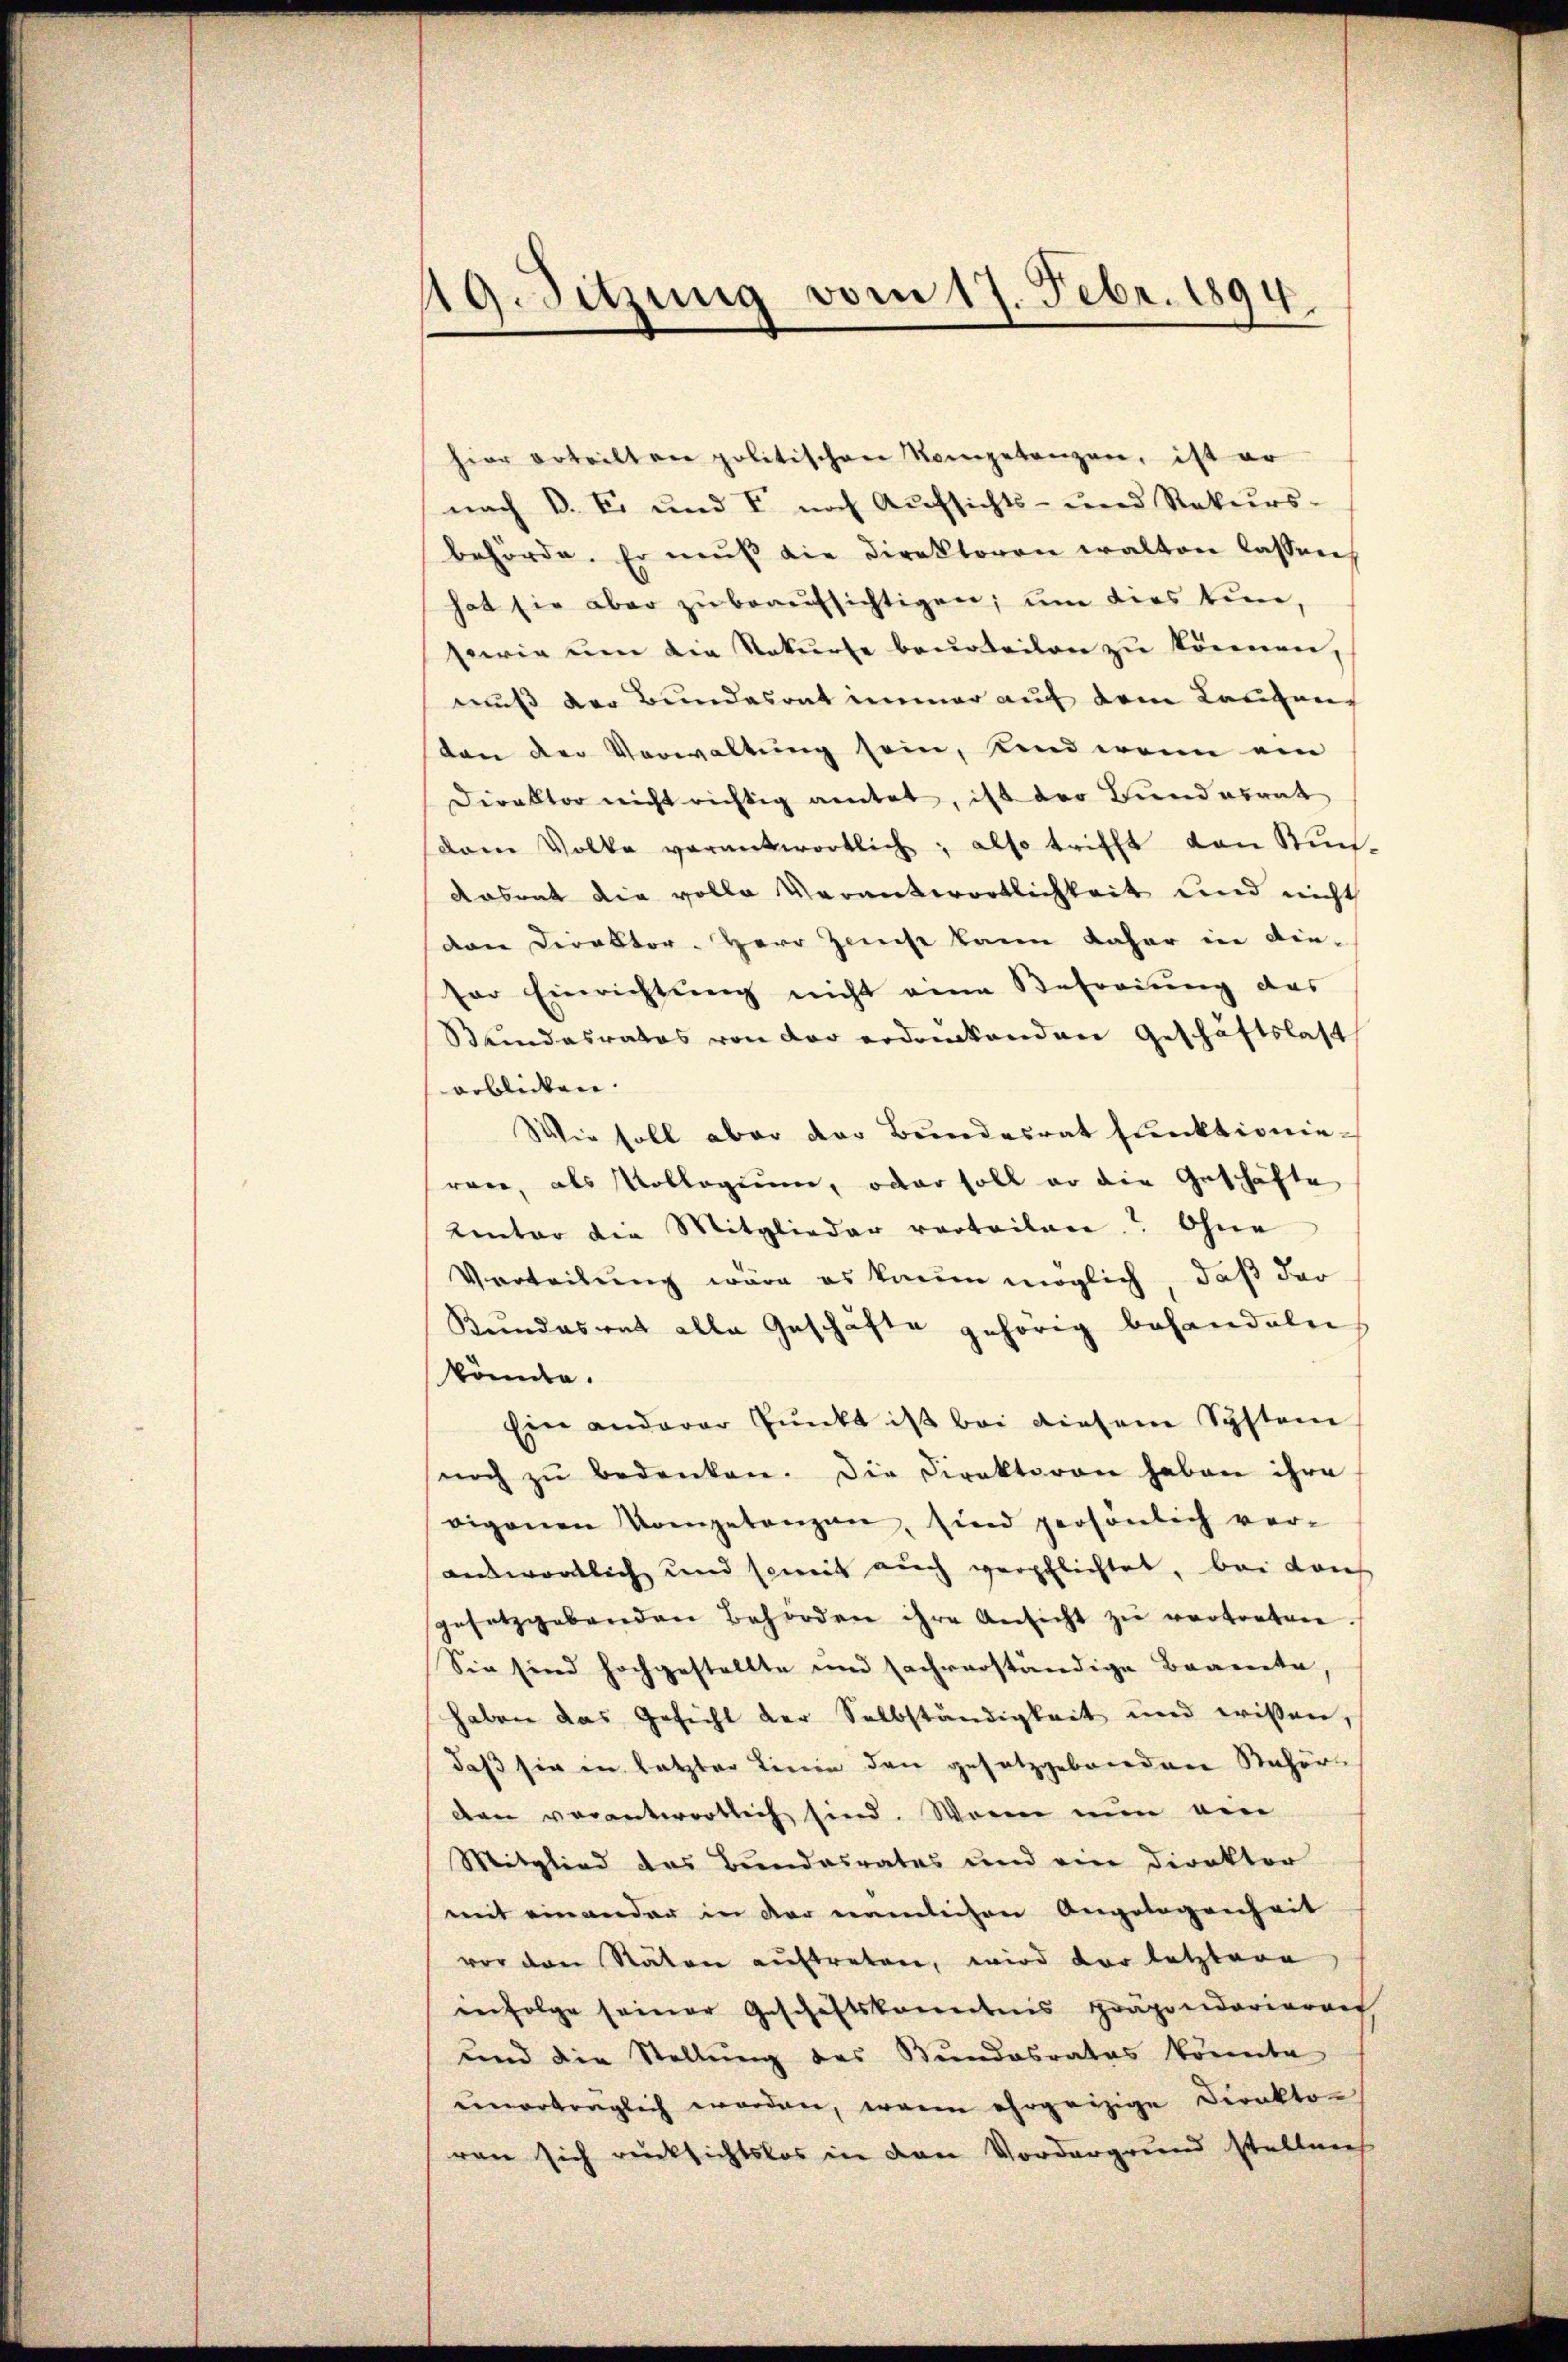
49. Sitzung vom 17. Febr. 1894.

hier erteilten politischen Kompetenzen, ist er
nach B. Er und V nach Aufsichts- und Rekurs-
behörde. Er muß die Direktoren walten lassen
hat sie aber zŭ beaŭfsichtigen, um dies tun,
serie um die Rekurse beurteilen zu können,
muß der Bundesrat immer auf dem Laufen
ton der Verwaltung sein, sind wenn ein
Direktor nicht richtig amtet, ist der Bundesrat
dam Volke verantwortlich, also trifft den Ruch-
Aasrat die volle Verantwortlichkeit und nicht
van Direktor. Herr Zinst kann daher in die-
ser Einrichtung nicht eine Befreiung des
Bundesrates von der erdrückenden Geschäftslast
erblichen.
Wie soll aber der Bundesrat funktionieren, als Kollegium, oder soll er die Geschäfte
Unter die Mitglieder verteilen? Ohne
Verteilung wäre es kaum möglich, daß der
Kundesrat alle Geschäfte gehörig behandeln
könnte.
Ein anderer Punkt ist bei diesem Systeme
noch zŭ bedenken. Die Direktoren haben ihre
eigenen Kompetenzen, sind persönlich ver-
antwortlich und soweit aŭch verpflichtet, bei dan
gesetzgebenden Behörden ihre Ansicht zŭ vertreten.
Sie sind hochgestellte und sachverständige Beamte
haben das Gesicht der Selbständigkeit und wissen,
daß sie in letzter Linie den gesetzgebrieden Anhör
den verantwortlich sind. Waren nun ein
Mitglied des Bundesrates und eine Direktor
mit einander in der nämlichen Angelegenheit
vor den Raten auftreten, wird der letztere
infolge seiner Geschäftskomitnis präponderieren
und die Stellung des Bundesrates könnte
ŭnerträglich worden, wann ehrgeizige Direktor
ren sich rücksichtslos in den Vordergrund stellen